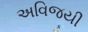
અવિજયી